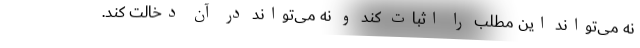
نه می‌تواند این مطلب را اثبات کند و نه می‌تواند در آن دخالت کند.